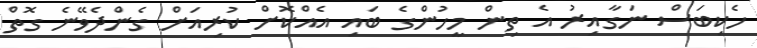
ހެކިބަސް ނަގާއިރު އެ ތިން މީހުންގެ ބައި އެއްކޮށް ކުރިއަށް ގެންދެވޭނެ ގޮތް